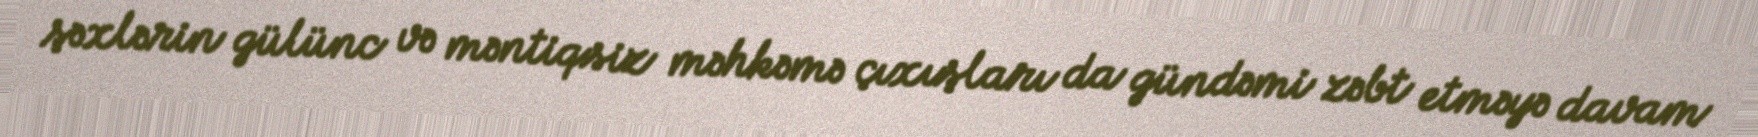
şəxlərin gülünc və məntiqsiz məhkəmə çıxışları da gündəmi zəbt etməyə davam